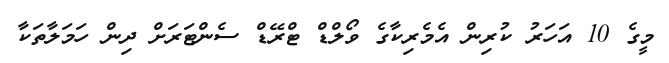
މީގެ 10 އަހަރު ކުރިން އެމެރިކާގެ ވޯލްޑް ޓްރޭޑް ސެންޓަރަށް ދިން ހަމަލާތަކާ